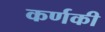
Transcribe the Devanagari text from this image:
कर्णकी